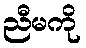
ညီမကို